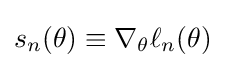
{\textstyle s_{n}(\theta )\equiv \nabla _{\theta }\ell _{n}(\theta )}